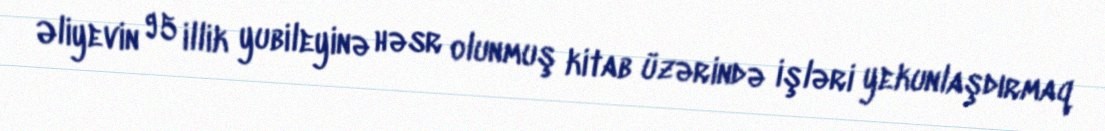
Əliyevin 95 illik yubileyinə həsr olunmuş kitab üzərində işləri yekunlaşdırmaq